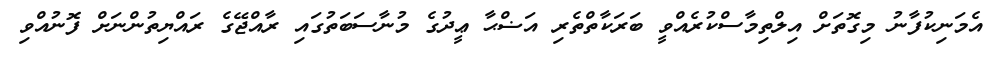
އެމަނިކުފާނު މިގޮތަށް އިލްތިމާސްކުރެއްވީ ބަރަކާތްތެރި އަޟްޙާ ޢީދުގެ މުނާސަބަތުގައި ރާއްޖޭގެ ރައްޔިތުންނަށް ފޮނުއްވި